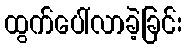
ထွက်ပေါ်လာခဲ့ခြင်း